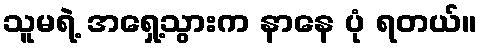
သူမရဲ့ အရှေ့သွားက နာနေ ပုံ ရတယ်။